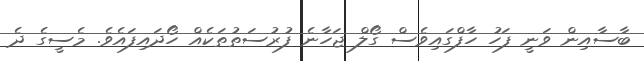
ބާސާއިން ވަނީ ފަހު ހާފްގައިވެސް ގޯލް ޖަހާނެ ފުރުސަތުތަކެއް ހޯދައިފައެވެ. މެސީގެ ދެ